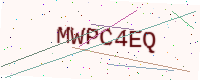
Text: MWPC4EQ